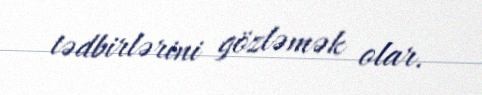
tədbirlərini gözləmək olar.